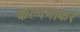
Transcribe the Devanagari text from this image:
कल्पनाकर